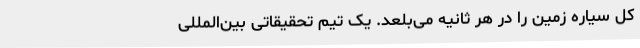
کل سیاره زمین را در هر ثانیه می‌بلعد. یک تیم تحقیقاتی بین‌المللی